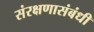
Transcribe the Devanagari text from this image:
संरक्षणासंबंधी